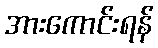
အားကောင်းရန်